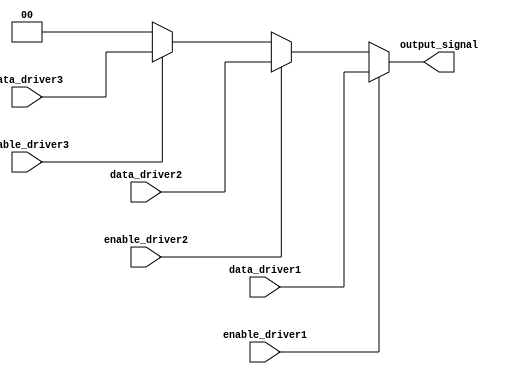
module multiple_drivers (
    input wire enable_driver1,
    input wire enable_driver2,
    input wire enable_driver3,
    input wire [1:0] data_driver1,
    input wire [1:0] data_driver2,
    input wire [1:0] data_driver3,
    output wire [1:0] output_signal
);

// Internal wire to hold the outputs of the drivers
wire [1:0] driver1_output;
wire [1:0] driver2_output;
wire [1:0] driver3_output;

// Driver 1
assign driver1_output = enable_driver1 ? data_driver1 : 2'bzz; // High impedance if not enabled

// Driver 2
assign driver2_output = enable_driver2 ? data_driver2 : 2'bzz; // High impedance if not enabled

// Driver 3
assign driver3_output = enable_driver3 ? data_driver3 : 2'bzz; // High impedance if not enabled

// Resolution logic: Priority based on driver enable signals
assign output_signal = (enable_driver1) ? driver1_output :
                       (enable_driver2) ? driver2_output :
                       (enable_driver3) ? driver3_output :
                       2'b00; // Default value if no driver is enabled

endmodule